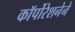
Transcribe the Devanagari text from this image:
कॉर्पोरेशनेने